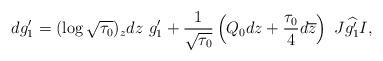
LaTeX: \begin{align*} dg_1'=(\log\sqrt{\tau_0})_zdz\ g'_1+\frac{1}{\sqrt{\tau_0}}\left(Q_0dz+\frac{\tau_0}{4}d\overline{z}\right)\ J\widehat{g_1'}I,\end{align*}